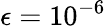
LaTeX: \epsilon=10^{-6}